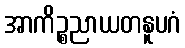
အာကိဉ္စညာယတနူပဂံ